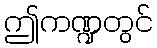
ဤကဏ္ဍတွင်